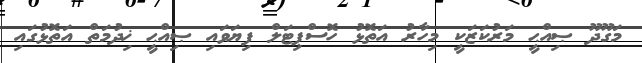
މަގޫދޫ ޞިއްޙީ މަރުކަޒަކީ މިހާރު އަތޮޅު ހޮސްޕިޓަލް ފިޔަވައި ޞިއްޙީ ޚިދުމަތް އަތޮޅުގައި